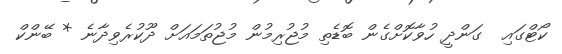
ކޯޓްގައި  ގަންދީ ހުވާކޮށްގެން ބޮޑެތި މުޖުރިމުން މުޖުތަމައަށް ދޫކުރެވިދާނެ * ބޭންކް